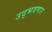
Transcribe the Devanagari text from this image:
उद्‌भवणार